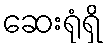
ဆေးရုံရှိ